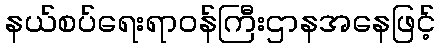
နယ်စပ်ရေးရာဝန်ကြီးဌာနအနေဖြင့်